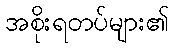
အစိုးရတပ်များ၏